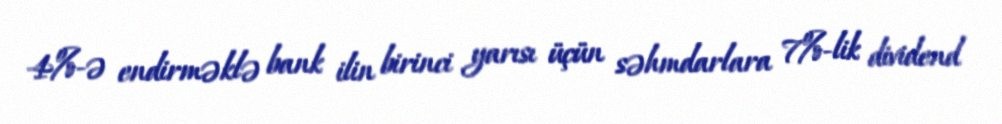
4%-ə endirməklə bank ilin birinci yarısı üçün səhmdarlara 7%-lik dividend